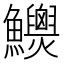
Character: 𩽯